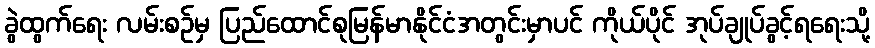
ခွဲထွက်ရေး လမ်းစဉ်မှ ပြည်ထောင်စုမြန်မာနိုင်ငံအတွင်းမှာပင် ကိုယ်ပိုင် အုပ်ချုပ်ခွင့်ရရေးသို့